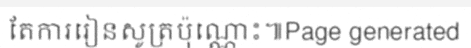
តែការរៀនសូត្រប៉ុណ្ណោះ៕Page generated